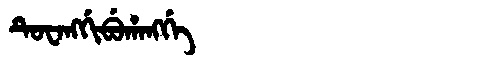
Manchu: ᡨᡠᠸᠠᠩᡤᡳᠪᡠᡥᠠᠩᡤᡝ
Romanization: TUWANGGIBUHANGGE